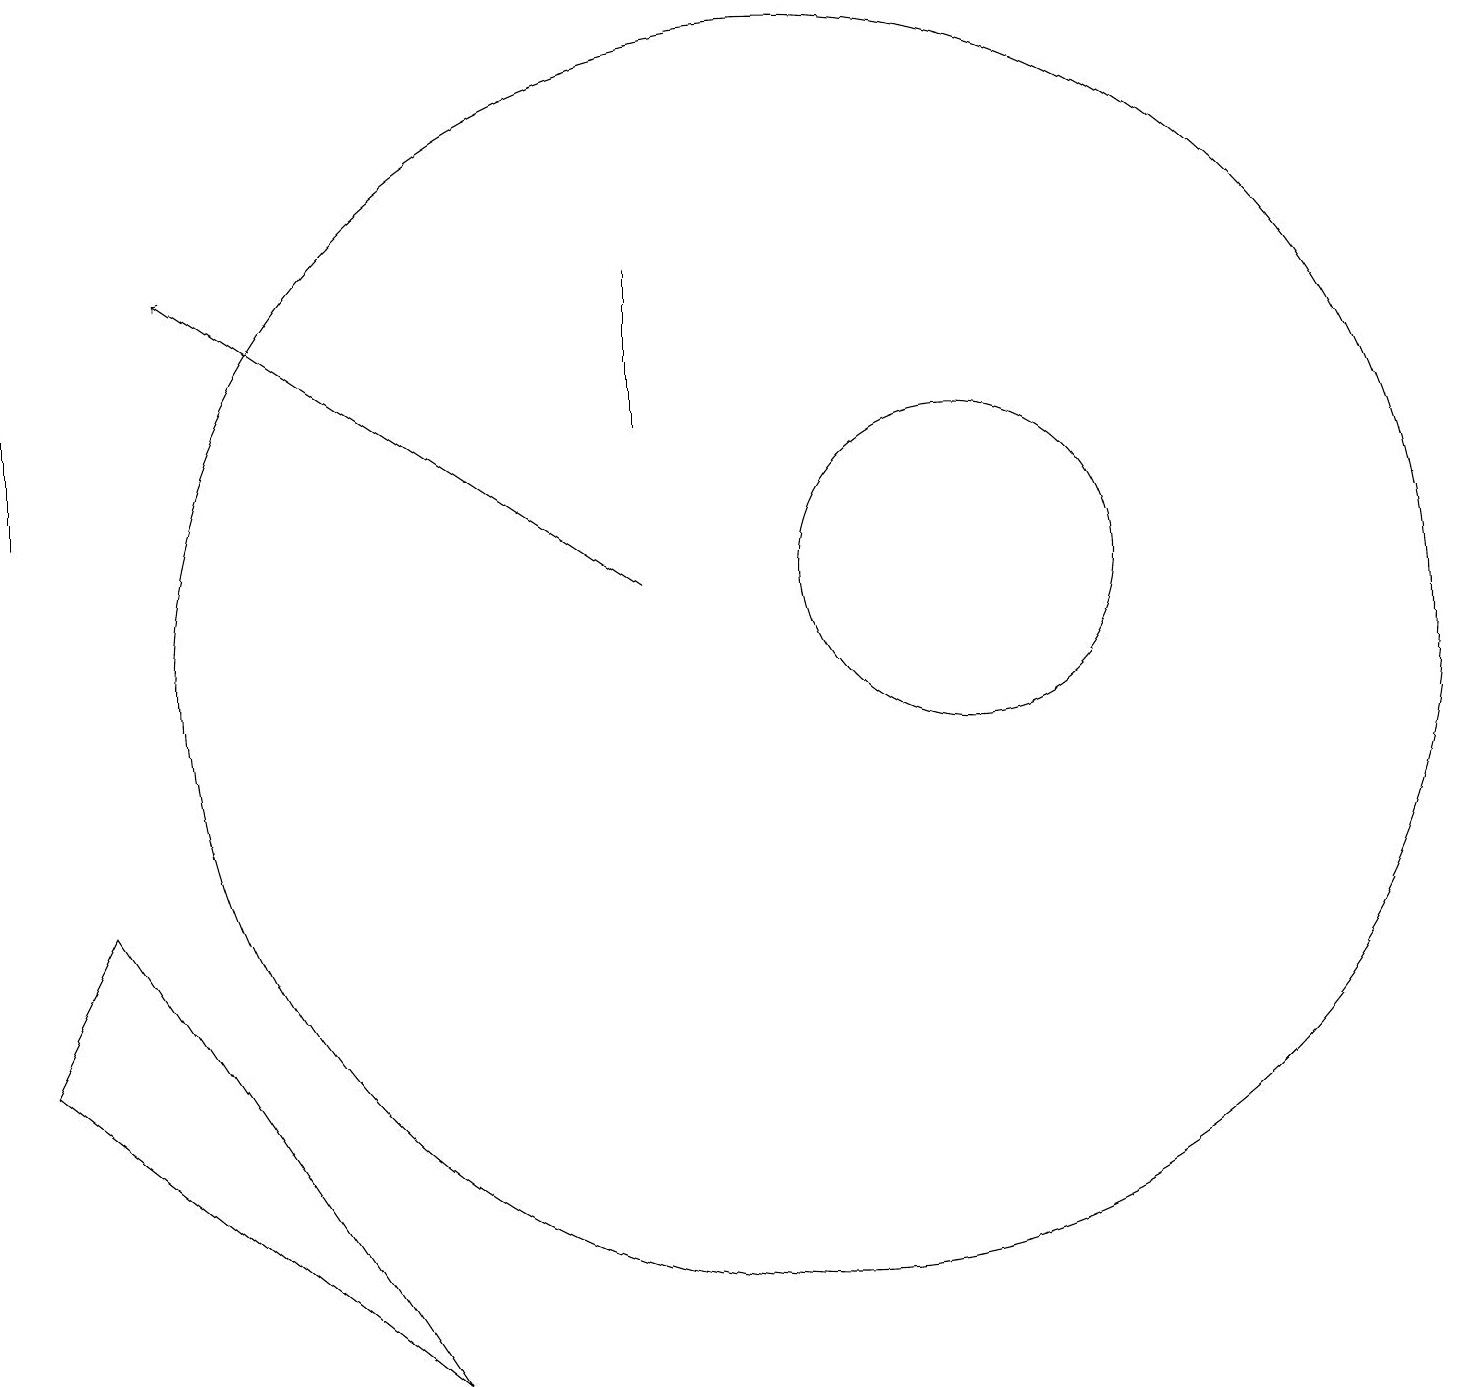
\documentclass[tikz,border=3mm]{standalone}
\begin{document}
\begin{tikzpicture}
\draw[->] (8,11) -- (2,15);
\draw (0,16) rectangle (0,12);
\draw (8,15) rectangle (8,13);
\draw (10,10) circle (8);
\draw (12,11) circle (2);
\draw (1,7) -- (0,5) -- (5,1) -- cycle;
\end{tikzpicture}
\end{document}